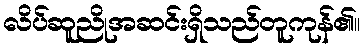
လိပ်ဆူညိုအဆင်းရှိသည်တူကုန်၏။